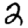
Digit: 2